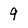
Character: 9